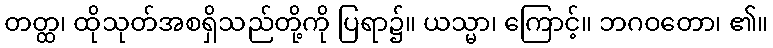
တတ္ထ၊ ထိုသုတ်အစရှိသည်တို့ကို ပြရာ၌။ ယသ္မာ၊ ကြောင့်။ ဘဂဝတော၊ ၏။